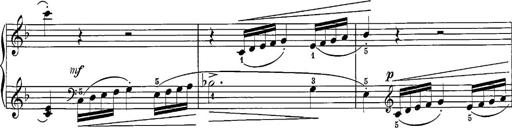
Title: 12 Sonatine per Pianoforte
Composer: Friedrich Kuhlau